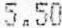
5.50